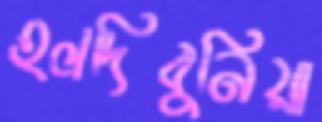
হলদিবুনিয়া